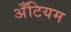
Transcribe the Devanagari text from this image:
अँटियम